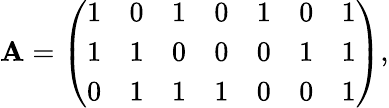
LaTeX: \mathbf{A}=\left(\begin{array}{ccccccc}{{1}}&{{0}}&{{1}}&{{0}}&{{1}}&{{0}}&{{1}}\\ {{1}}&{{1}}&{{0}}&{{0}}&{{0}}&{{1}}&{{1}}\\ {{0}}&{{1}}&{{1}}&{{1}}&{{0}}&{{0}}&{{1}}\end{array}\right),